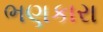
ભણકારા